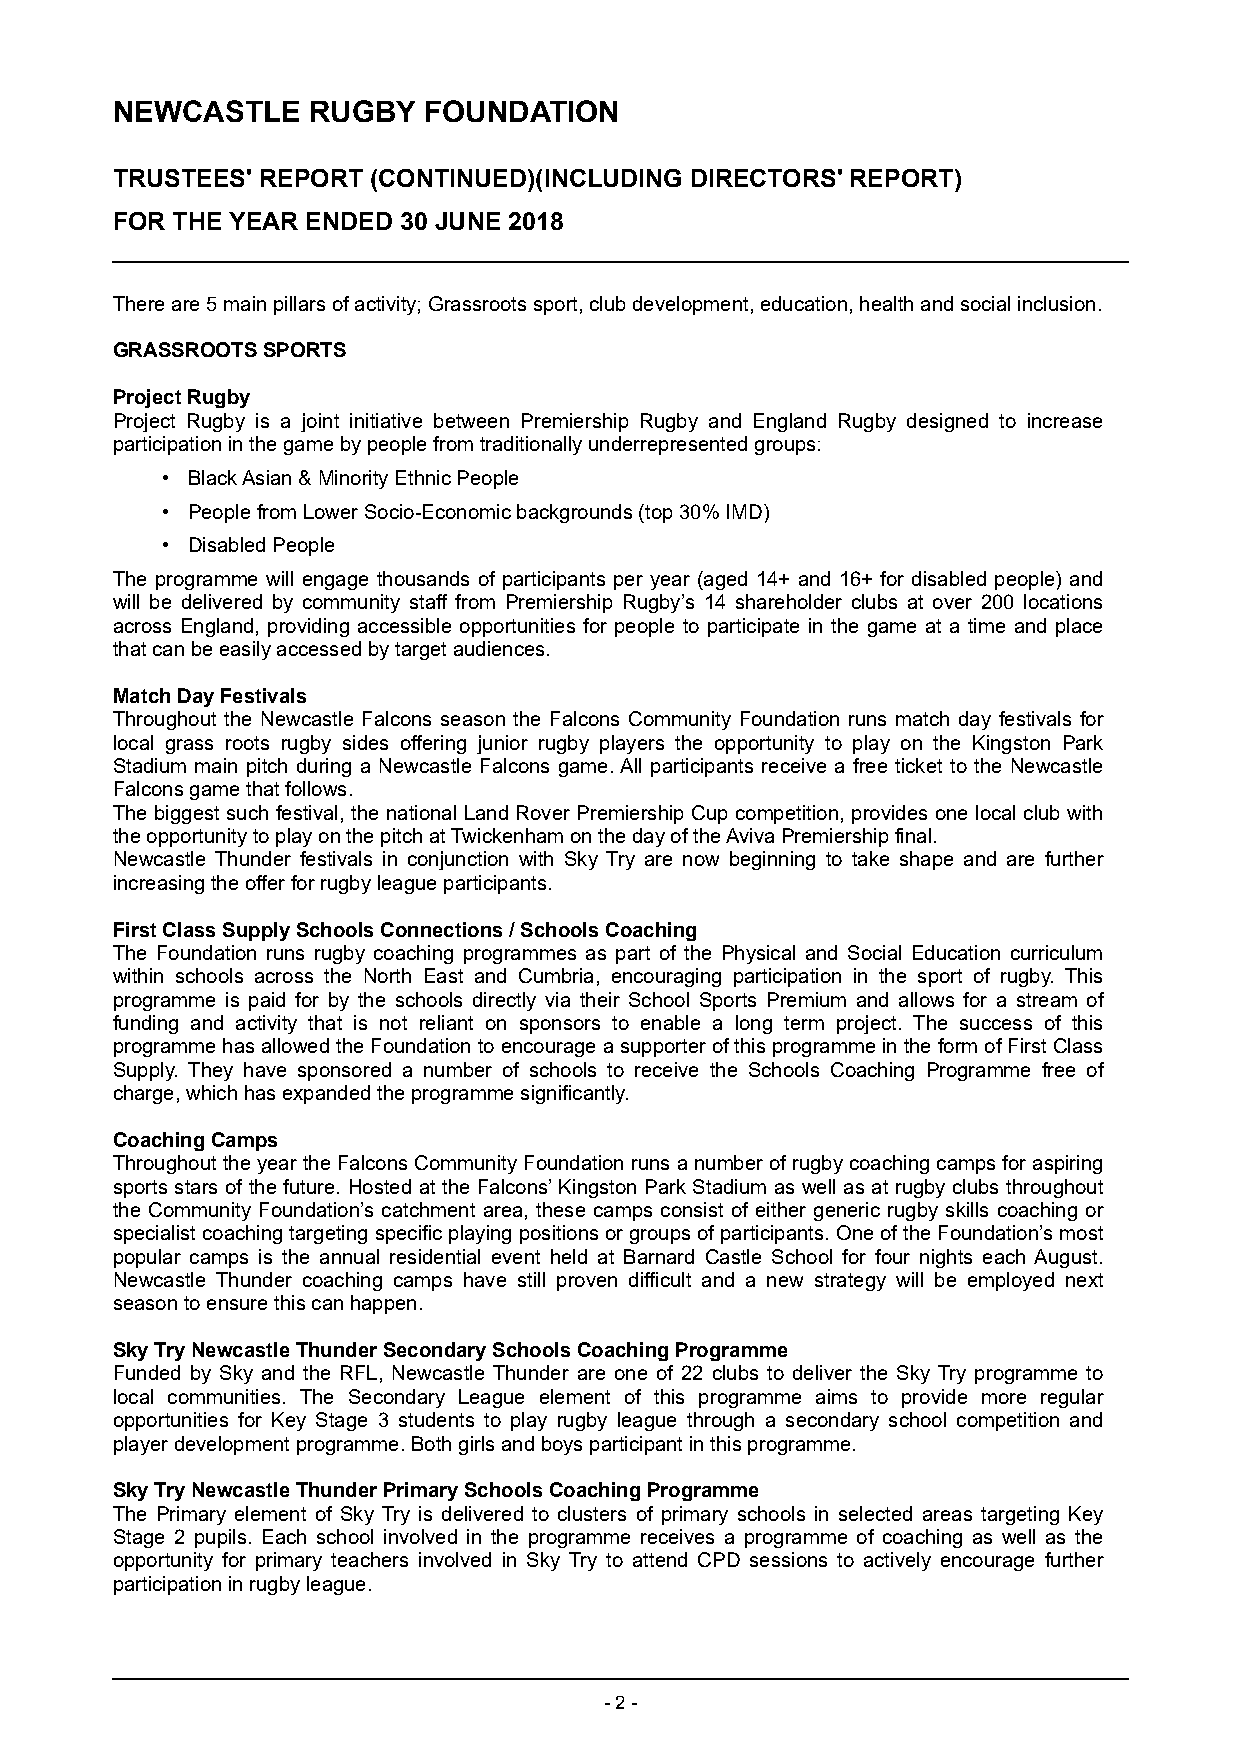
NEWCASTLE    RUGBY   FOUNDATION
 TRUSTEES' REPORT (CONTINUED)(INCLUDING DIRECTORS' REPORT)
 FOR THE YEAR ENDED 30 JUNE 2018
 There are 5 main pillars of activity; Grassroots sport, club development, education, health and social inclusion.
 GRASSROOTS SPORTS
 Project Rugby
 Project Rugby is a joint initiative between Premiership Rugby and England Rugby designed to increase
 participation in the game by people from traditionally underrepresented groups:
 • Black Asian & Minority Ethnic People
 • People from Lower Socio-Economic backgrounds (top 30% IMD)
 • Disabled People
 The programme will engage thousands of participants per year (aged 14+ and 16+ for disabled people) and
 will be delivered by community staff from Premiership Rugby’s 14 shareholder clubs at over 200 locations
 across England, providing accessible opportunities for people to participate in the game at a time and place
 that can be easily accessed by target audiences.
 Match Day Festivals
 Throughout the Newcastle Falcons season the Falcons Community Foundation runs match day festivals for
 local grass roots rugby sides offering junior rugby players the opportunity to play on the Kingston Park
 Stadium main pitch during a Newcastle Falcons game. All participants receive a free ticket to the Newcastle
 Falcons game that follows.
 The biggest such festival, the national Land Rover Premiership Cup competition, provides one local club with
 the opportunity to play on the pitch at Twickenham on the day of the Aviva Premiership final.
 Newcastle Thunder festivals in conjunction with Sky Try are now beginning to take shape and are further
 increasing the offer for rugby league participants.
 First Class Supply Schools Connections / S chools Coaching
 The Foundation runs rugby coaching programmes as part of the Physical and Social Education curriculum
 within schools across the North East and Cumbria, encouraging participation in the sport of rugby. This
 programme is paid for by the schools directly via their School Sports Premium and allows for a stream of
 funding and activity that is not reliant on sponsors to enable a long term project. The success of this
 programme has allowed the Foundation to encourage a supporter of this programme in the form of First Class
 Supply. They have sponsored a number of schools to receive the Schools Coaching Programme free of
 charge, which has expanded the programme significantly.
 Coaching C amps
 Throughout the year the Falcons Community Foundation runs a number of rugby coaching camps for aspiring
 sports stars of the future. Hosted at the Falcons’ Kingston Park Stadium as well as at rugby clubs throughout
 the Community Foundation’s catchment area, these camps consist of either generic rugby skills coaching or
 specialist coaching targeting specific playing positions or groups of participants. One of the Foundation’s most
 popular camps is the annual residential event held at Barnard Castle School for four nights each August.
 Newcastle Thunder coaching camps have still proven difficult and a new strategy will be employed next
 season to ensure this can happen.
 Sky Try Newcastle Thunder Secondary Schools Coaching Programme
 Funded by Sky and the RFL, Newcastle Thunder are one of 22 clubs to deliver the Sky Try programme to
 local communities. The Secondary League element of this programme aims to provide more regular
 opportunities for Key Stage 3 students to play rugby league through a secondary school competition and
 player development programme. Both girls and boys participant in this programme.
 Sky Try Newcastle Thunder Primary Schools Coaching Programme
 The Primary element of Sky Try is delivered to clusters of primary schools in selected areas targeting Key
 Stage 2 pupils. Each school involved in the programme receives a programme of coaching as well as the
 opportunity for primary teachers involved in Sky Try to attend CPD sessions to actively encourage further
 participation in rugby league.
 - 2 -